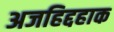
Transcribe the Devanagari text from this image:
अजहिद्दहाक